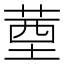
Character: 䓰